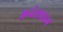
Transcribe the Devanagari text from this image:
अनंसधान